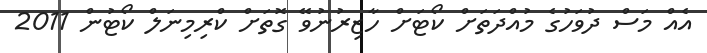
އެއް މަސް ދުވަހުގެ މުއްދަތަށް ކޯޓަށް ހާޒިރުނުވޭ ގޮތަށް ކްރިމިނަލް ކޯޓުން 2011